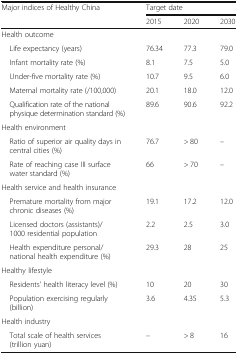
| <ROWSPAN=2> Major indices of Healthy China | <COLSPAN=3> Target date |
 | 2015 | 2020 | 2030 |
 | --- | --- | --- | --- |
 | Health outcome |  |  |  |
 | Life expectancy (years) | 76.34 | 77.3 | 79.0 |
 | Infant mortality rate (%) | 8.1 | 7.5 | 5.0 |
 | Under-five mortality rate (%) | 10.7 | 9.5 | 6.0 |
 | Maternal mortality rate (/100,000) | 20.1 | 18.0 | 12.0 |
 | Qualification rate of the national physique determination standard (%) | 89.6 | 90.6 | 92.2 |
 | Health environment |  |  |  |
 | Ratio of superior air quality days in central cities (%) | 76.7 | > 80 | – |
 | Rate of reaching case III surface water standard (%) | 66 | > 70 | – |
 | Health service and health insurance |  |  |  |
 | Premature mortality from major chronic diseases (%) | 19.1 | 17.2 | 12.0 |
 | Licensed doctors (assistants)/1000 residential population | 2.2 | 2.5 | 3.0 |
 | Health expenditure personal/national health expenditure (%) | 29.3 | 28 | 25 |
 | Healthy lifestyle |  |  |  |
 | Residents' health literacy level (%) | 10 | 20 | 30 |
 | Population exercising regularly (billion) | 3.6 | 4.35 | 5.3 |
 | Health industry |  |  |  |
 | Total scale of health services (trillion yuan) | – | > 8 | 16 |